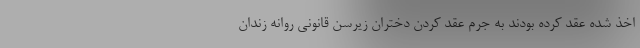
اخذ شده عقد کرده بودند به جرم عقد کردن دختران زیرسن قانونی روانه زندان